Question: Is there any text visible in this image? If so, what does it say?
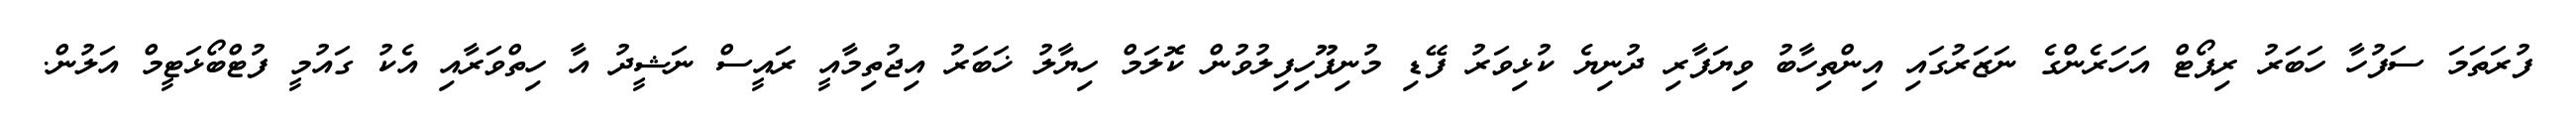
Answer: ފުރަތަމަ ސަފުހާ ހަބަރު ރިޕޯޓް އަހަރެންގެ ނަޒަރުގައި އިންތިހާބު ވިޔަފާރި ދުނިޔެ ކުޅިވަރު ފޭޑި މުނިފޫހިފިލުވުން ކޮލަމް ހިޔާލު ޚަބަރު އިޖުތިމާއީ ރައީސް ނަޝީދު އާ ހިތްވަރާއި އެކު ގައުމީ ފުޓްބޯޅަޓީމް އަލުން.